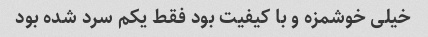
خیلی خوشمزه و با کیفیت بود فقط یکم سرد شده بود